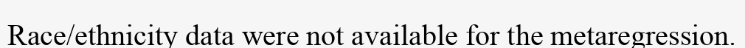
Race/ethnicity data were not available for the metaregression.